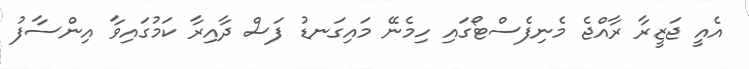
އެއީ ޖަޒީރާ ރާއްޖެ މެނިފެސްޓޯގައި ހިމެނޭ މައިގަނޑު ފަސް ދާއިރާ ކަމުގައިވާ އިންސާފު